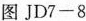
图JD7—8